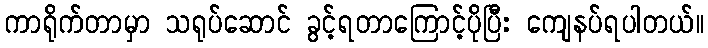
ကာရိုက်တာမှာ သရုပ်ဆောင် ခွင့်ရတာကြောင့်ပိုပြီး ကျေနပ်ရပါတယ်။